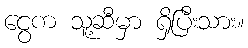
ငွေက သူ့ဆီမှာ ရှိပြီးသား။